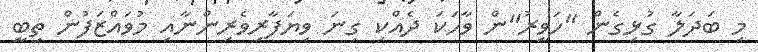
މި ބަދަލާ ގުޅިގެން "ހަވީރު"ން ވާހަކަ ދެއްކި ގިނަ ވިޔަފާރިވެރިންނާއި މުވައްޒަފުން ތިބީ